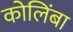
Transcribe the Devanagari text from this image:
कोलिंबा